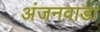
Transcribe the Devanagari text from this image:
अंजनवाडा